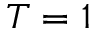
T = 1